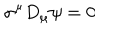
LaTeX: \sigma ^ { \mu } D _ { \mu } \psi = 0